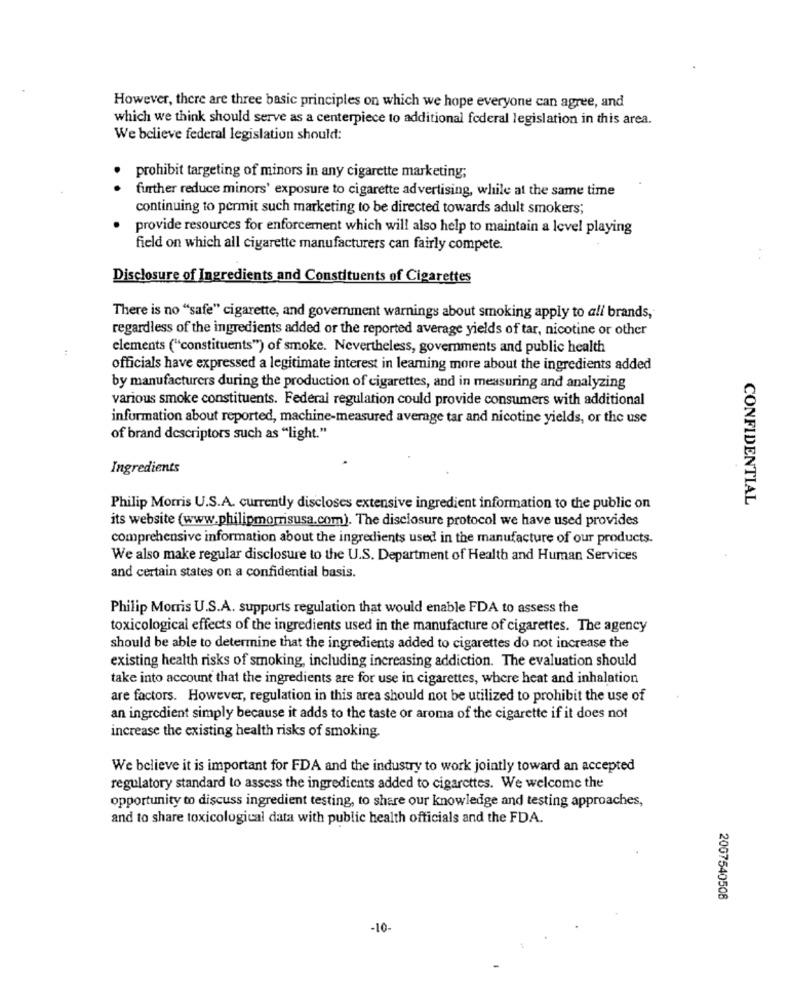
However, there are three basic principles on which we hope everyone can agree, and
which we think should serve as a centerpiece to additional federal legislation in this area.
We believe federal legislation should:
.
prohibit targeting of minors in any cigarette marketing;
further reduce minors' exposure to cigarette advertising, while at the same time
continuing to permit such marketing to be directed towards adult smokers;
provide resources for enforcement which will also help to maintain a level playing
field on which all cigarette manufacturers can fairly compete.
Disclosure of Ingredients and Constituents of Cigarettes
There is no "safe" cigarette, and government warnings about smoking apply to all brands,
regardless of the ingredients added or the reported average yields of tar, nicotine or other
elements ("constituents") of smoke. Nevertheless, governments and public health
officials have expressed a legitimate interest in learning more about the ingredients added
by manufacturers during the production of cigarettes, and in measuring and analyzing
various smoke constituents. Federal regulation could provide consumers with additional
information about reported, machine-measured average tar and nicotine yields, or the use
of brand descriptors such as "light."
Ingredients
CONFIDENTIAL
Philip Morris U.S.A. currently discloses extensive ingredient information to the public on
its website (www.philipmorrisusa.com). The disclosure protocol we have used provides
comprehensive information about the ingredients used in the manufacture of our products.
We also make regular disclosure to the U.S. Department of Health and Human Services
and certain states on a confidential basis.
Philip Morris U.S.A. supports regulation that would enable FDA to assess the
toxicological effects of the ingredients used in the manufacture of cigarettes. The agency
should be able to determine that the ingredients added to cigarettes do not increase the
existing health risks of smoking, including increasing addiction. The evaluation should
take into account that the ingredients are for use in cigarettes, where heat and inhalation
are factors. However, regulation in this area should not be utilized to prohibit the use of
an ingredient simply because it adds to the taste or aroma of the cigarette if it does not
increase the existing health risks of smoking.
We believe it is important for FDA and the industry to work jointly toward an accepted
regulatory standard to assess the ingredients added to cigarettes. We welcome the
opportunity to discuss ingredient testing, to share our knowledge and testing approaches,
and to share toxicological data with public health officials and the FDA.
2007540508
-10-